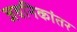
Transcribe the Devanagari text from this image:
जवनिकांतर